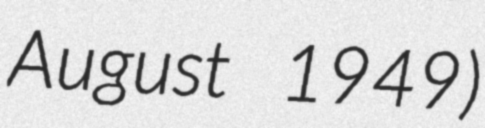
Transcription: August 1949)